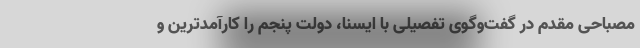
مصباحی مقدم در گفت‌وگوی تفصیلی با ایسنا، دولت پنجم را کارآمدترین و